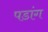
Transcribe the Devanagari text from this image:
पडांग